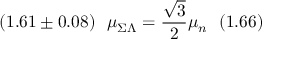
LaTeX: ( 1 . 6 1 \pm 0 . 0 8 ) \ \ { \mu } _ { \Sigma \Lambda } = { \frac { \sqrt 3 } { 2 } } { \mu } _ { n } \ \ ( 1 . 6 6 )